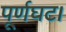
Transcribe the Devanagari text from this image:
पूर्णघट।